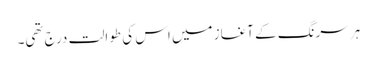
ہر سرنگ کے آغاز میں اس کی طوالت درج تھی۔